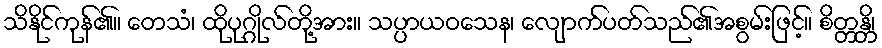
သိနိုင်ကုန်၏။ တေသံ၊ ထိုပုဂ္ဂိုလ်တို့အား။ သပ္ပာယဝသေန၊ လျောက်ပတ်သည်၏အစွမ်းဖြင့်။ စိတ္တန္တိ၊